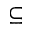
\subseteq